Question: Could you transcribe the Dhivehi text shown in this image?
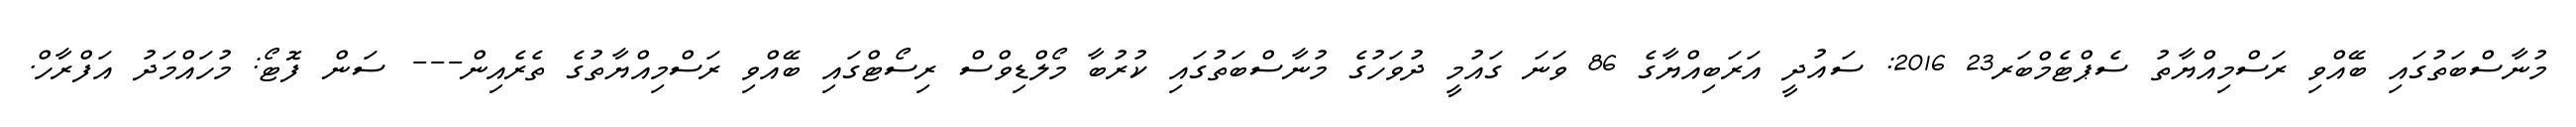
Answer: މުނާސްބަތުގައި ބޭއްވި ރަސްމިއްޔާތު ސެޕްޓެމްބަރ23 2016: ސައުދީ އަރަބިއްޔާގެ 86 ވަނަ ގައުމީ ދުވަހުގެ މުނާސްބަތުގައި ކުރުބާ މޯލްޑިވްސް ރިސޯޓްގައި ބޭއްވި ރަސްމިއްޔާތުގެ ތެރެއިން--- ސަން ފޮޓޯ: މުހައްމަދު އަފްރާހް.